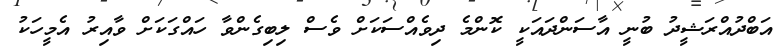
އަބްދުއްރަޝީދު ބުނީ އާސަންދައަކީ ކޮންމެ ދިވެއްސަކަށް ވެސް ލިބިގެންވާ ހައްގަކަށް ވާއިރު އެމީހަކު